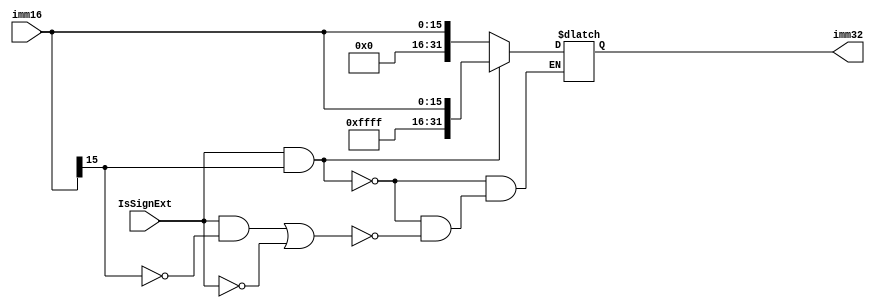
`timescale 1ns / 1ps
//////////////////////////////////////////////////////////////////////////////////
// Company: 
// Engineer: 
// 
// Design Name: 
// Module Name:    EXT 
// Project Name: 
// Target Devices: 
// Tool versions: 
// Description: 
//
// Dependencies: 
//
// Revision: 
// Revision 0.01 - File Created
// Additional Comments: 
//
//////////////////////////////////////////////////////////////////////////////////
module EXT(
    input [15:0] imm16,
    input IsSignExt,
    output reg [31:0] imm32
    );
	always@(*) begin
		if (IsSignExt == 1 && imm16[15] == 1) begin
			imm32 = {16'hffff, imm16};
		end
		else if ((IsSignExt == 1 && imm16[15] == 0) || IsSignExt == 0) begin
			imm32 = {16'h0000, imm16};
		end
		else begin
		end
	end

endmodule